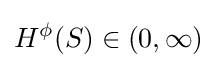
H^{\phi }(S)\in (0,\infty )